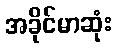
အခိုင်မာဆုံး